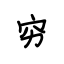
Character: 穷